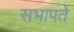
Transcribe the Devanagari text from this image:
सभापते